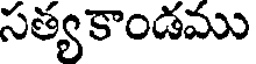
సత్యకాండము